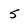
Character: 5